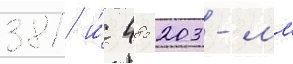
381 и́ 485 203-мм